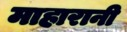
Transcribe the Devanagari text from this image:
माहारानी